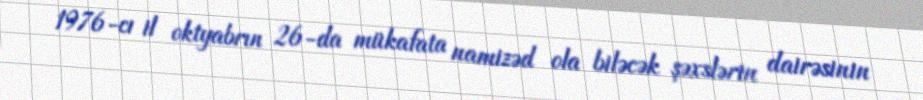
1976-cı il oktyabrın 26-da mükafata namizəd ola biləcək şəxslərin dairəsinin